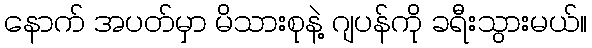
နောက် အပတ်မှာ မိသားစုနဲ့ ဂျပန်ကို ခရီးသွားမယ်။